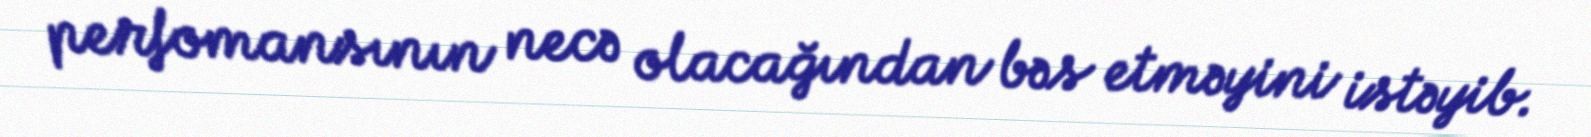
perfomansının necə olacağından bəs etməyini istəyib.